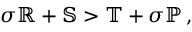
\sigma \mathbb { R } + \mathbb { S } > \mathbb { T } + \sigma \mathbb { P } \, ,